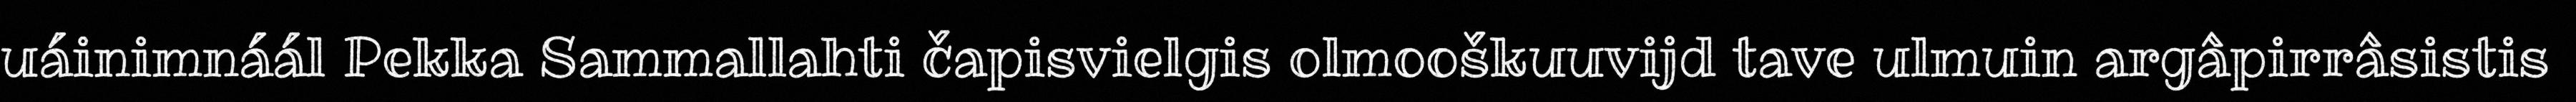
uáinimnáál Pekka Sammallahti čapisvielgis olmooškuuvijd tave ulmuin argâpirrâsistis